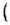
(